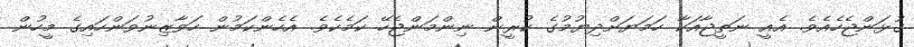
ގުޅަންޖެހެއެވެ. އެއީ ނަތީޖާއަކާ ހަމަޔަށްދިޔުމުގެ ކުރީން ނިންމަންޖެހޭ ކަމެކެވެ. އެހެންކަމުން ހަވާޒިނުވަންހައިގެ މީހުން